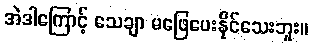
အဲဒါကြောင့် သေချာ မဖြေပေးနိုင်သေးဘူး။